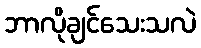
ဘာလိုချင်သေးသလဲ